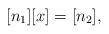
LaTeX: \begin{align*}[n_1][x]=[n_2],\end{align*}